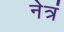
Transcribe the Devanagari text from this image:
नेत्रं